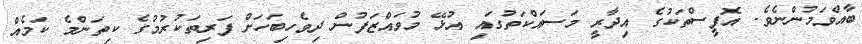
ބާއްވަމުންނެވެ. އޮފީސްތަކުގެ އިދާރީ މަސައްކަތުގައި އުޅޭ މުވައްޒަފުން ދިވެހިބަހަށް ފަރިތަކުރުމުގެ ކިތަންމެ ކަމެއް